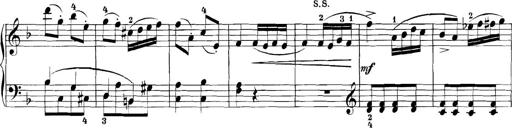
Title: 3 Sonatinas
Composer: Carl Reinecke